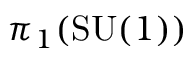
\pi _ { 1 } ( \mathrm { S U } ( 1 ) )